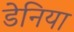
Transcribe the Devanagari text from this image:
डेनिया